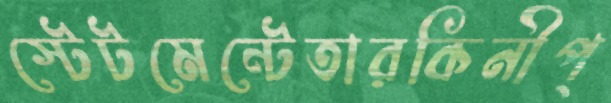
স্টেটমেন্টেতারকিনীপ্